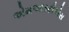
એમઆરટીએસ